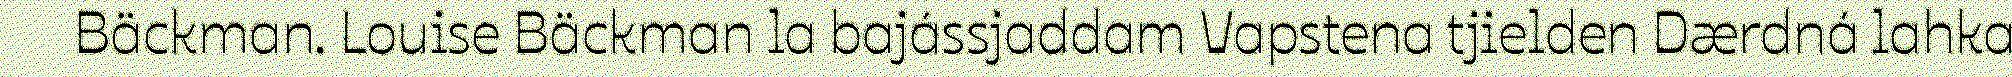
Bäckman. Louise Bäckman la bajássjaddam Vapstena tjielden Dærdná lahka